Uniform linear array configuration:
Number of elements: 32
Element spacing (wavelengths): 0.25
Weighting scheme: uniform
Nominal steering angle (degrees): -15
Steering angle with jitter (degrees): -15.889
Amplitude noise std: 0.05
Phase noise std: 0.05

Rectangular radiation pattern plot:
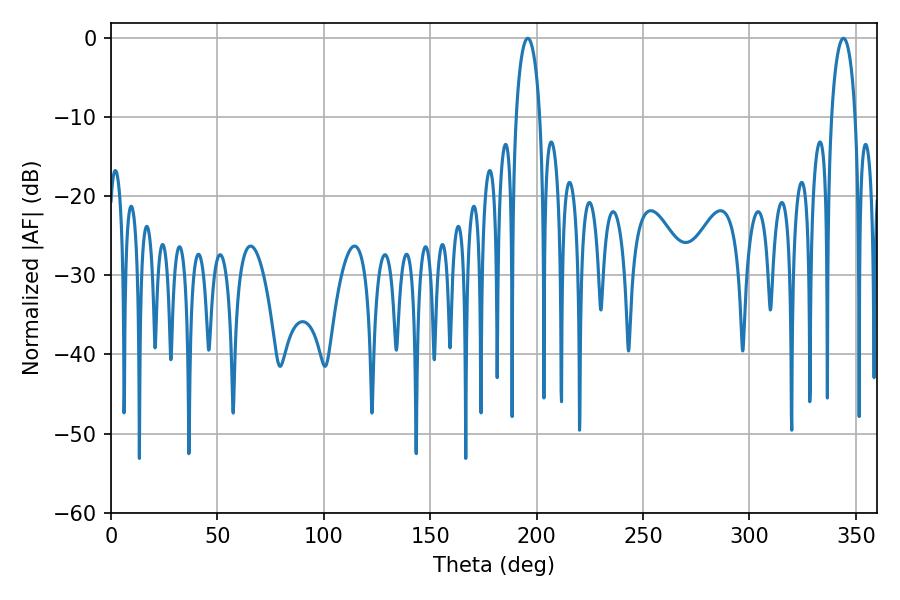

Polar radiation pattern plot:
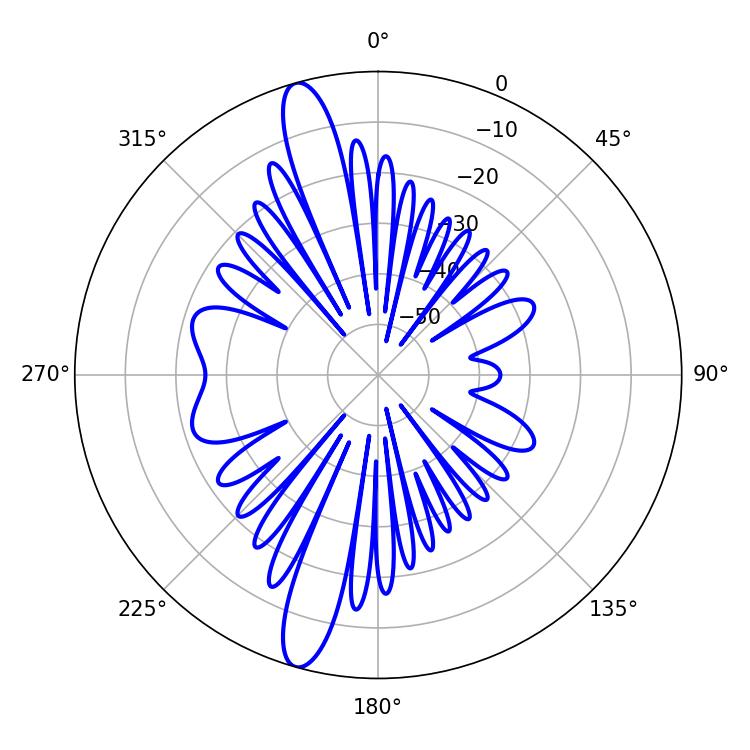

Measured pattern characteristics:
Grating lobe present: FALSE
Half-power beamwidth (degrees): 6.48
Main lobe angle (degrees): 195.84